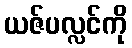
ယဇ်ပလ္လင်ကို